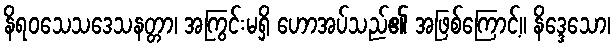
နိရဝသေသဒေသနတ္တာ၊ အကြွင်းမရှိ ဟောအပ်သည်၏ အဖြစ်ကြောင့်။ နိဒ္ဒေသော၊